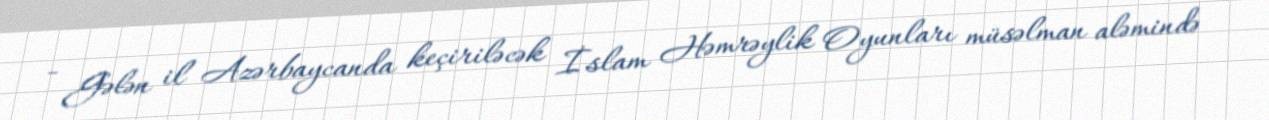
- Gələn il Azərbaycanda keçiriləcək İslam Həmrəylik Oyunları müsəlman aləmində